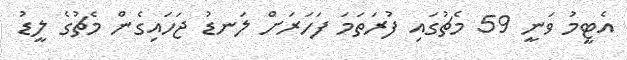
އެޓީމު ވަނީ 59 މެޗުގައި ފުރަތަމަ ފަހަރަށް ލަނޑު ޖަހައިގެން މެޗުގެ ލީޑު